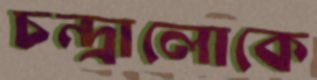
চন্দ্রালোকে